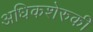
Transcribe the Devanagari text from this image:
अधिकशेरुकी